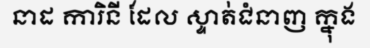
នាដ ការិនី ដែល ស្ទាត់ជំនាញ ក្នុង